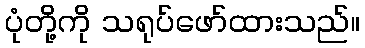
ပုံတို့ကို သရုပ်ဖော်ထားသည်။